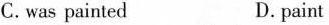
C.was painted D.paint